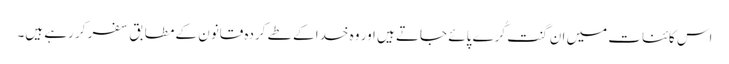
اس کائنات میں ان گنت کُرے پائے جاتے ہیں اور وہ خدا کے طے کردہ قانون کے مطابق سفر کر رہے ہیں۔